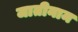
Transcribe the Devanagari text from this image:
जातीनाम